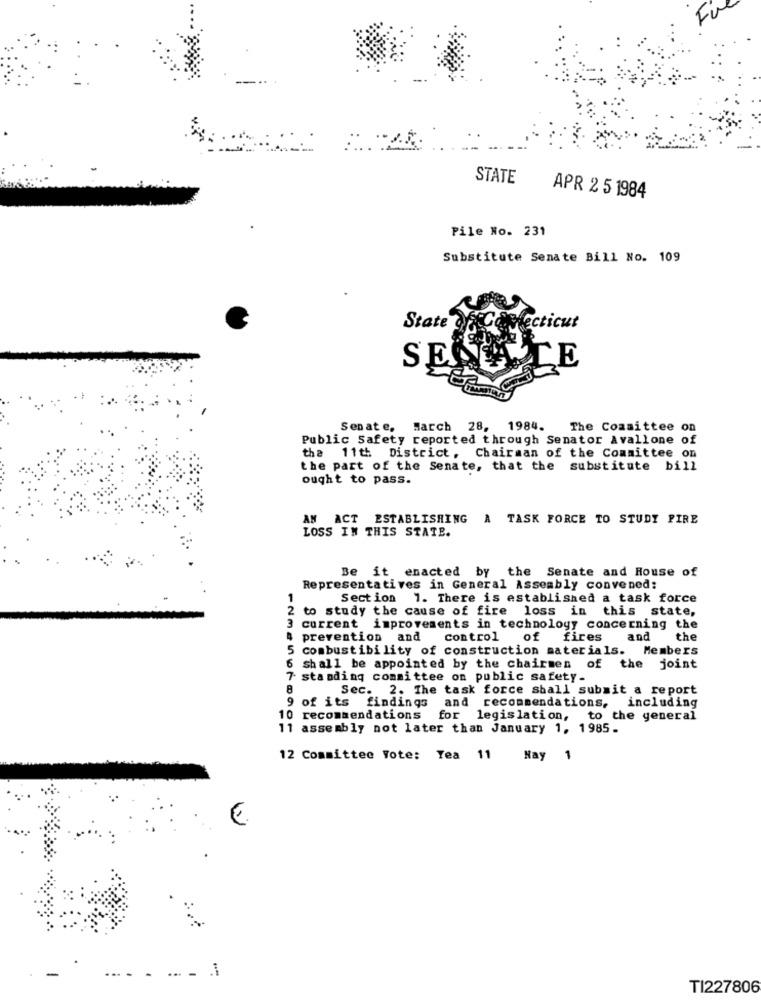
STATE
APR 2 5 1984
Pile No. 231
Substitute Senate Bill No. 109
State
Comecticut
SES
LE
Senate, March 28, 1984.
The Committee on
Public Safety reported through Senator Avallone of
the 11th District, Chairman of the Committee on
the part of the Senate, that the substitute bill
ought to pass.
AN ACT ESTABLISHING A TASK FORCE TO STUDY PIRE
LOSS IN THIS STATE.
Be it enacted by the Senate and House of
Representatives in General Assembly convened:
Section 1. There is established a task force
2 to study the cause of fire loss in this state,
3 current improvements in technology concerning the
4 prevention and
control of fires and
the
combustibility of construction materials. Members
6 shall be appointed by the chairmen of the joint
standing committee on public safety.
8
Sec. 2. The task force shall submit a report
of its findings and recommendations, including
10 recommendations
for legislation, to the general
11 assembly not later than January 1, 1985.
12 Committee Vote: Tea 11 Nay 1
TI227806